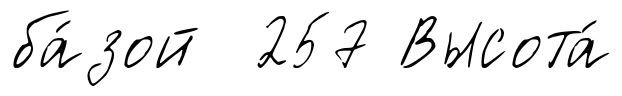
ба́зой 257 Высота́